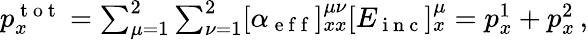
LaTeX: \begin{array}{r}{p_{x}^{\mathrm{~t~o~t~}}=\sum_{\mu=1}^{2}\sum_{\nu=1}^{2}[\alpha_{\mathrm{~e~f~f~}}]_{xx}^{\mu\nu}[E_{\mathrm{~i~n~c~}}]_{x}^{\mu}=p_{x}^{1}+p_{x}^{2}\, ,}\end{array}